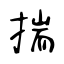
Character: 揣